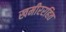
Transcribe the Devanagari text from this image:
खमीररहित